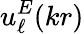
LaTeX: u_{\ell}^{E}(kr)